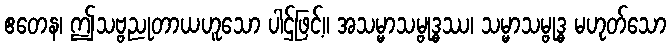
ဧတေန၊ ဤသဗ္ဗညုတာယဟူသော ပါဌ်ဖြင့်။ အသမ္မာသမ္ဗုဒ္ဓဿ၊ သမ္မာသမ္ဗုဒ္ဓ မဟုတ်သော